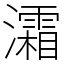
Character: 灀